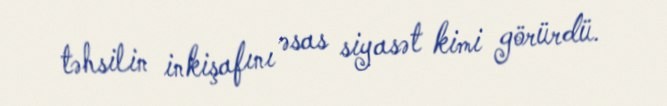
təhsilin inkişafını əsas siyasət kimi görürdü.